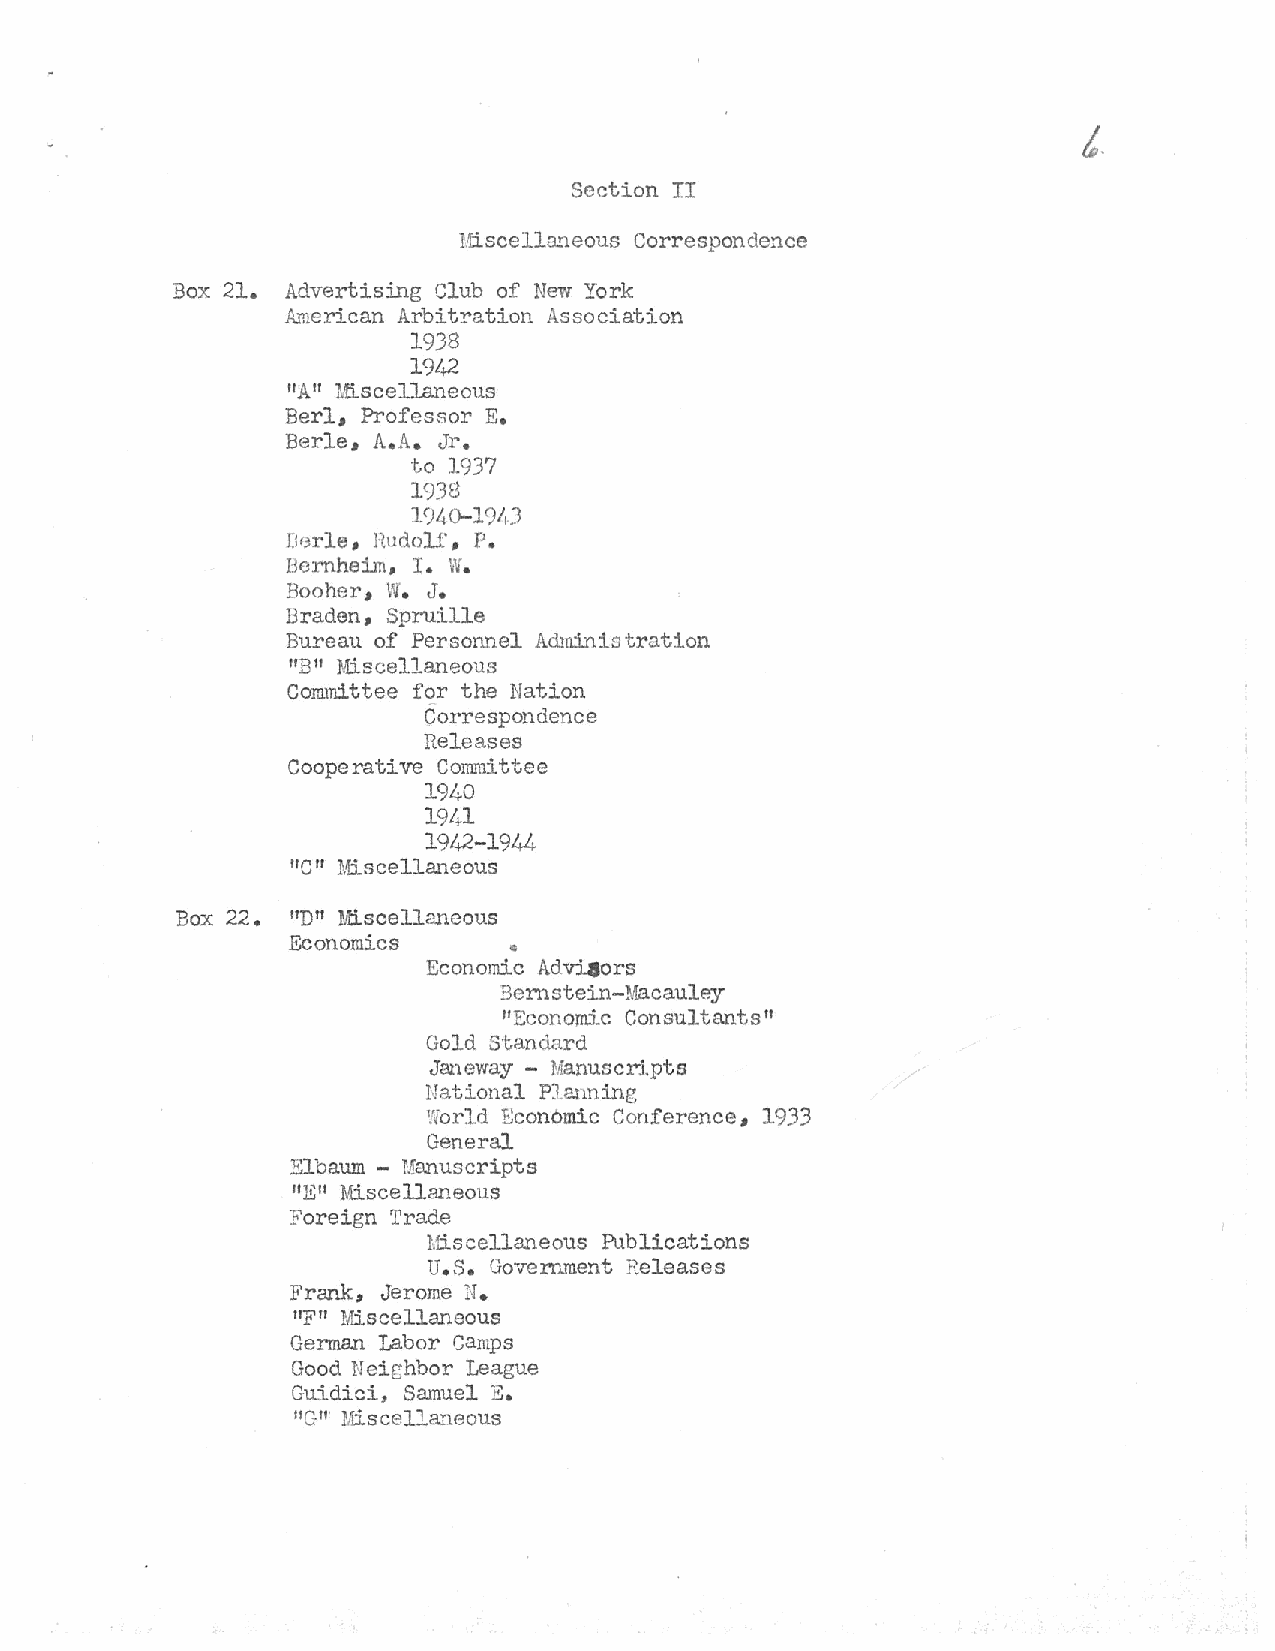
Section II
 l·fiscellaYJ.eous Correspondence
 Box 21. Advertising Club of New York
 American Arbitration Association
 1938
 19/V..
 "A" l.tiscellaneous
 Berl, Professor E.
 Berle, A.A.
 Jl~.
 to 1937
 1938
 1  ()-19/f)
 C)~
 Dr~rle, Hudoli', P.
 Bernheim, I. W.
 Booher, w. J.
 Braden, Spruille
 Bureau of Person.11el Administration
 "B" Miscellaneous
 Committee for the Nation
 Correspondence
 Releases
 Cooperative
 Co~~ittee
 1940
 1941
 1942-1944
 "C" Miscellaneous
 "D"
 Box 22.   Miscellaneous
 Economics      •
 Economic A.dv:L4ors
 Bernstein-1acauley
 "Economic Consultants"
 Gold s·tandard
 Janeway - Manuscripts
 National P}.anning
 World Economic Conference, 1933
 General
 Elbaum - Manuscripts
 "E" Miscellaneous
 Foreign Trade
 Miscellaneous Publications
 u.s.
 Government Releases
 Frank, Jerome N.
 11F11 Miscellaneous
 German Labor Camps
 Good Neighbor League
 Guidici, Samuel E.
 11G11' Miscellaneous